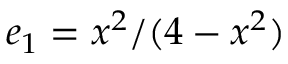
e _ { 1 } = x ^ { 2 } / ( 4 - x ^ { 2 } )